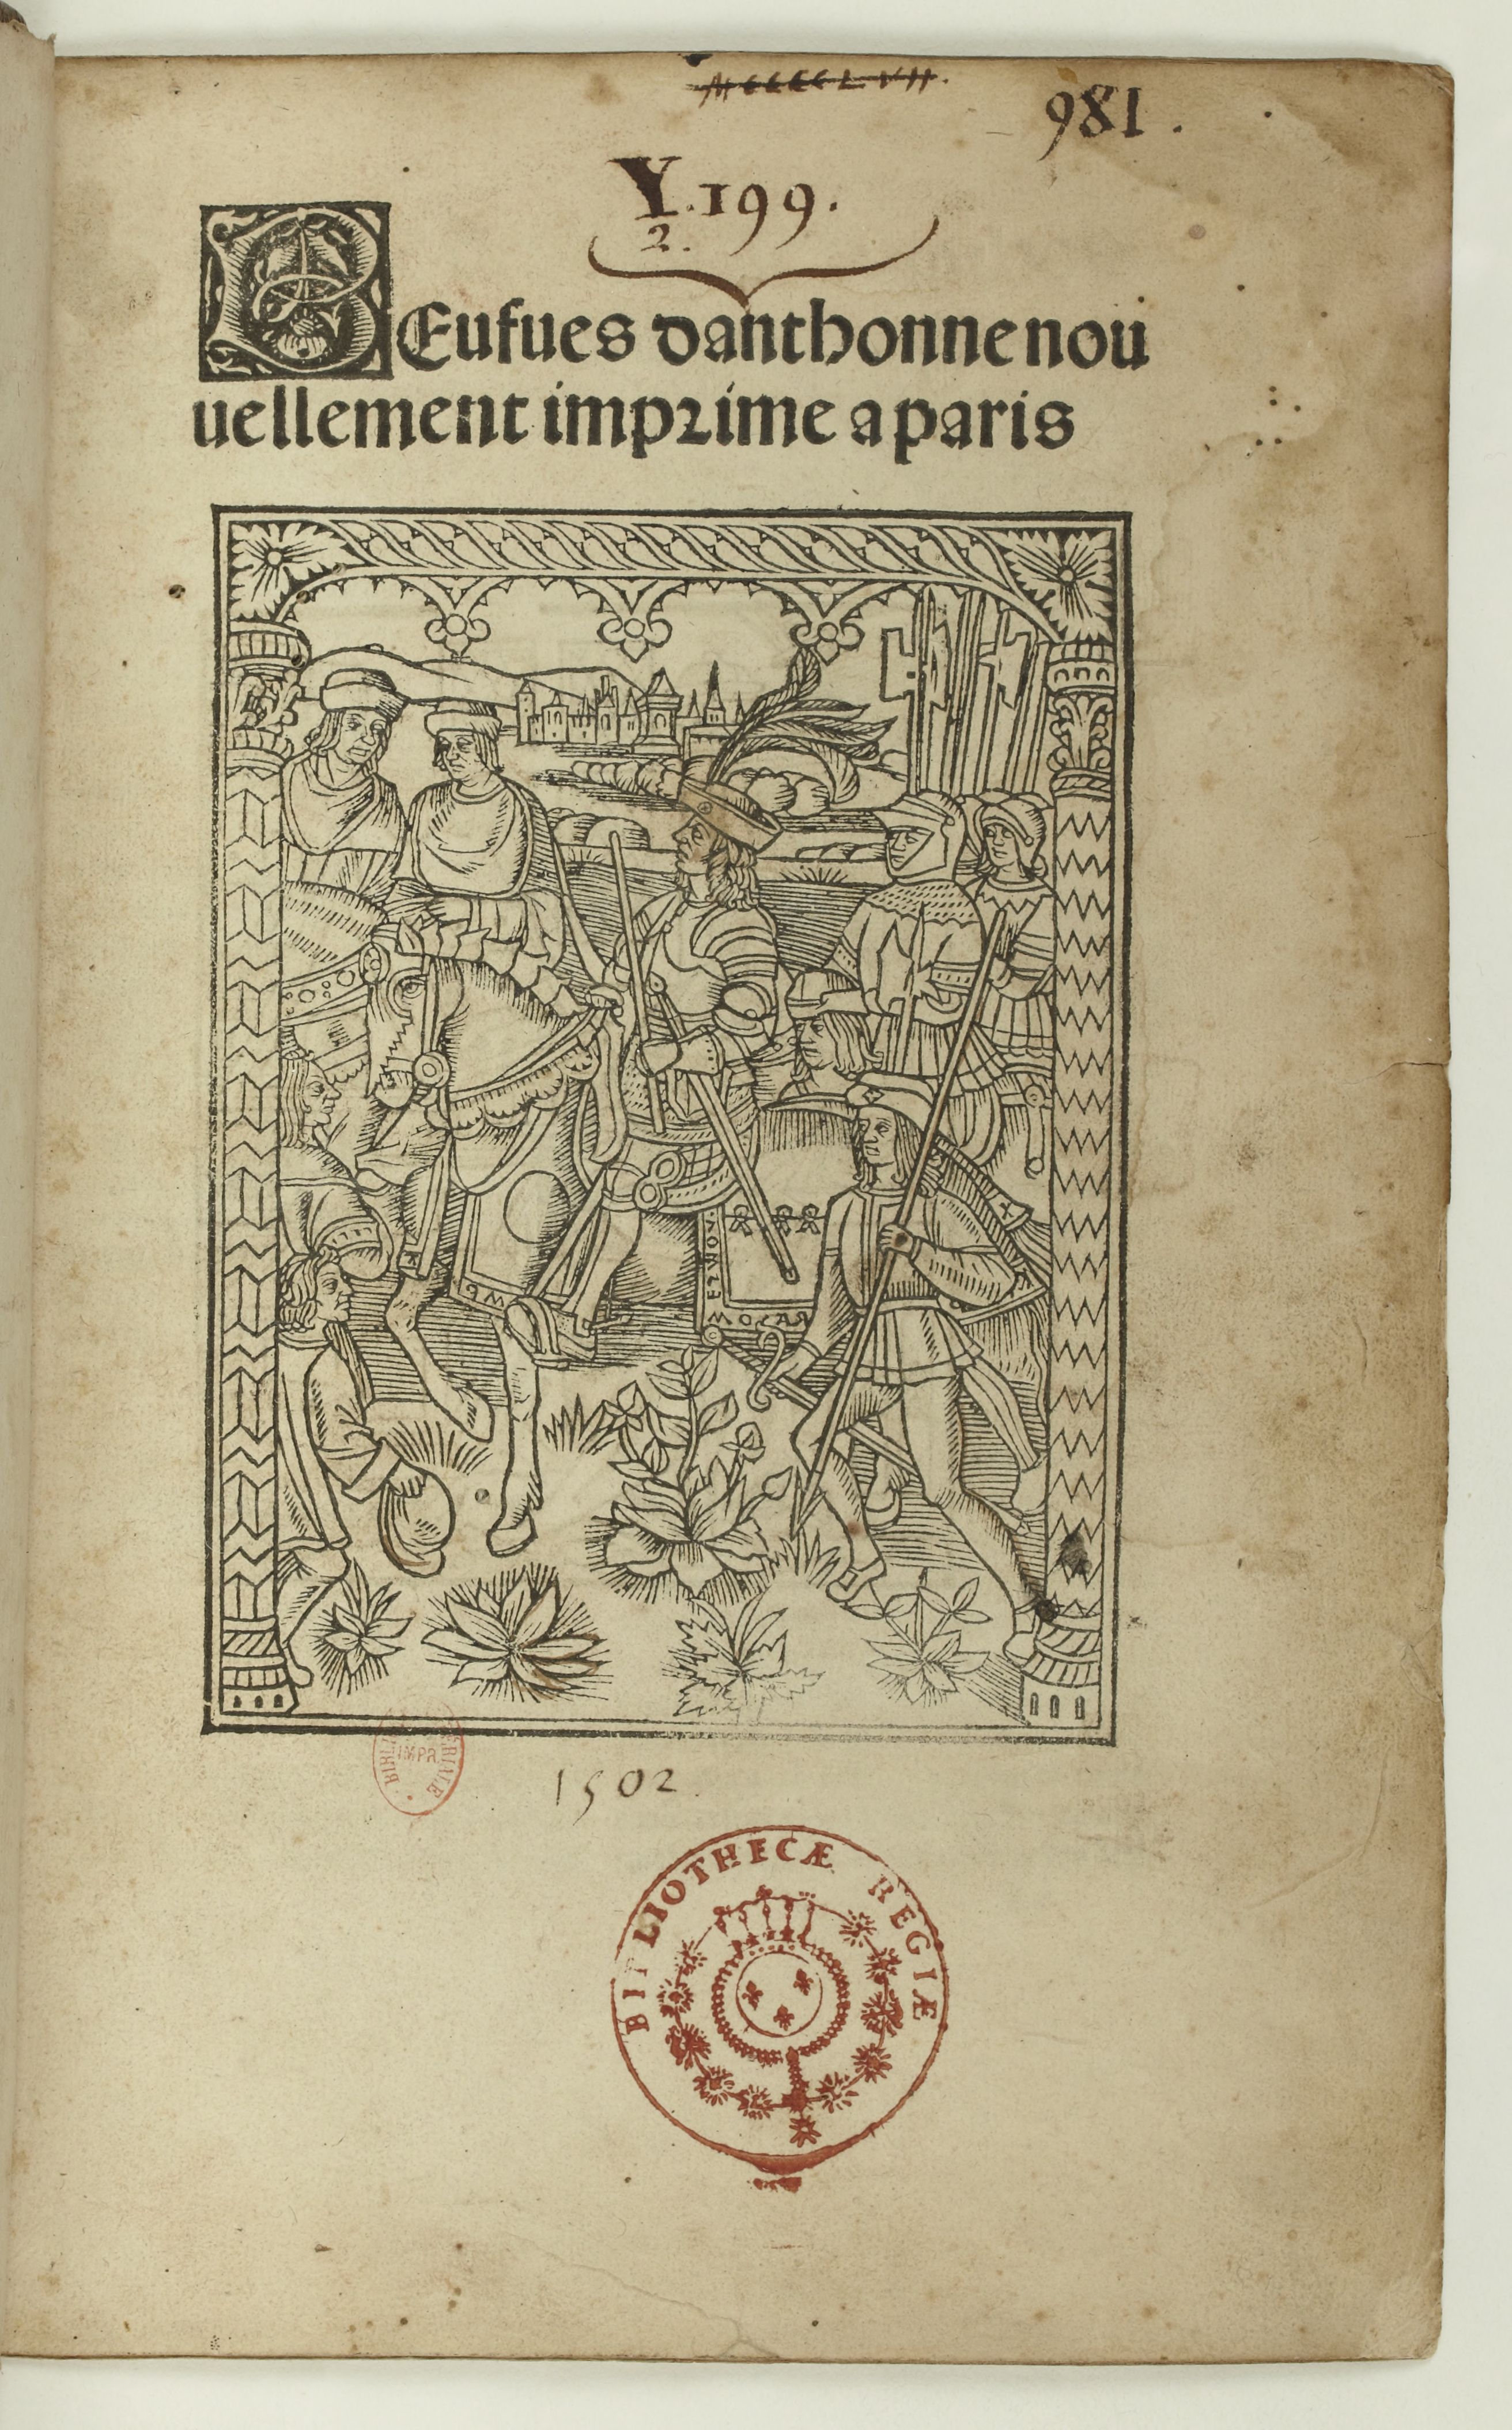
Shelfmark: Paris, BnF, Rés. Y2-674
Century: 16